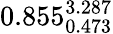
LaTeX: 0.855_{0.473}^{3.287}